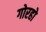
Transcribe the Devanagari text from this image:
गोरहो